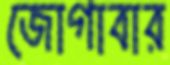
জোগাবার